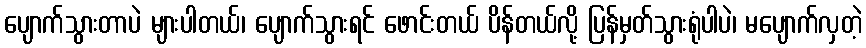
ပျောက်သွားတာပဲ များပါတယ်၊ ပျောက်သွားရင် ဖောင်းတယ် ပိန်တယ်လို့ ပြန်မှတ်သွားရုံပါပဲ၊ မပျောက်လှတဲ့